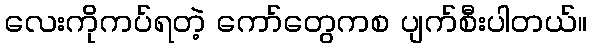
လေးကိုကပ်ရတဲ့ ကော်တွေကစ ပျက်စီးပါတယ်။